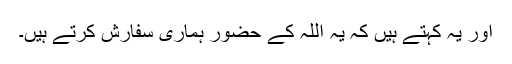
اور یہ کہتے ہیں کہ یہ اللہ کے حضور ہماری سفارش کرتے ہیں۔